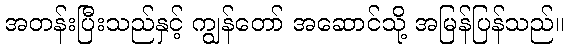
အတန်းပြီးသည်နှင့် ကျွန်တော် အဆောင်သို့ အမြန်ပြန်သည်။